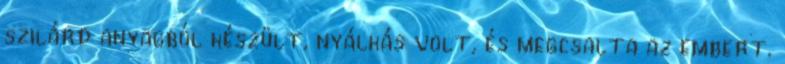
szilárd anyagból készült, nyálkás volt, és megcsalta az embert.